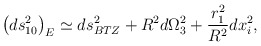
\begin{align*}\left ( ds_{10}^2\right )_E \simeq ds_{BTZ}^2 + R^2 d\Omega_3^2 + {r_1^2 \over R^2} dx_i^2,\end{align*}